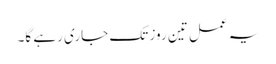
یہ عمل تین روز تک جاری رہے گا۔